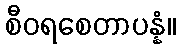
စီဝရစေတာပန္နံ။